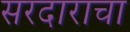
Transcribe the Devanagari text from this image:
सरदाराचा